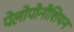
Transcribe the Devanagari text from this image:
पेलोपोनीशियन